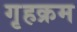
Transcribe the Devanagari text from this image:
गृहक्रम